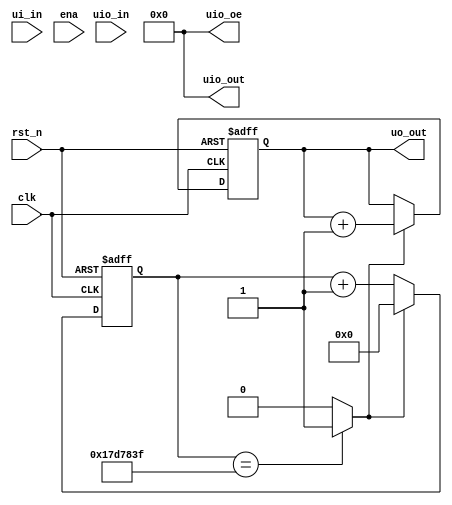
`default_nettype none

module tt_um_blink(
    input  wire [7:0] ui_in,    // Dedicated inputs
    output wire [7:0] uo_out,   // Dedicated outputs
    input  wire [7:0] uio_in,   // IOs: Input path
    output wire [7:0] uio_out,  // IOs: Output path
    output wire [7:0] uio_oe,   // IOs: Enable path (active high: 0=input, 1=output)
    input  wire       ena,      // will go high when the design is enabled
    input  wire       clk,      // clock
    input  wire       rst_n     // reset_n - low to reset
);
	
     
    // counter register
    reg [7:0] rCounter;
//a register for the delay counter 
reg [24:0] delay_counter;

wire enable;
wire rst;
assign rst = !rst_n;
     
//the delay  counter 
assign enable = (delay_counter == 25'd24999999) ? 1'b1 : 1'b0;
    // increment or reset the counter
    always @(posedge clk or posedge rst)
    if (rst)
    begin
    delay_counter <= 25'd0;
    rCounter <= 8'b0;
    end
	else
	begin
	if(enable)
		begin
		delay_counter <= 25'd0;
            rCounter <= rCounter + 1;
		end
	else delay_counter <= delay_counter + 1'b1;
	end
 
  // All output pins must be assigned. If not used, assign to 0.
  assign uo_out  = rCounter; 
  assign uio_out = 0;
  assign uio_oe  = 0;

endmodule